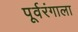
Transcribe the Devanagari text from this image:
पूर्वरंगाला